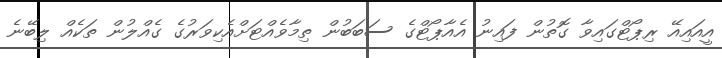
އީއައިއޭ ރިޕޯޓްގައިވާ ގޮތުން ފައިނު އެއާޕޯޓްގެ ސަބަބުން ތިމާވެއްޓަށްއެކިވަރުގެ ގެއްލުން ތަކެއް ލިބޭނެ